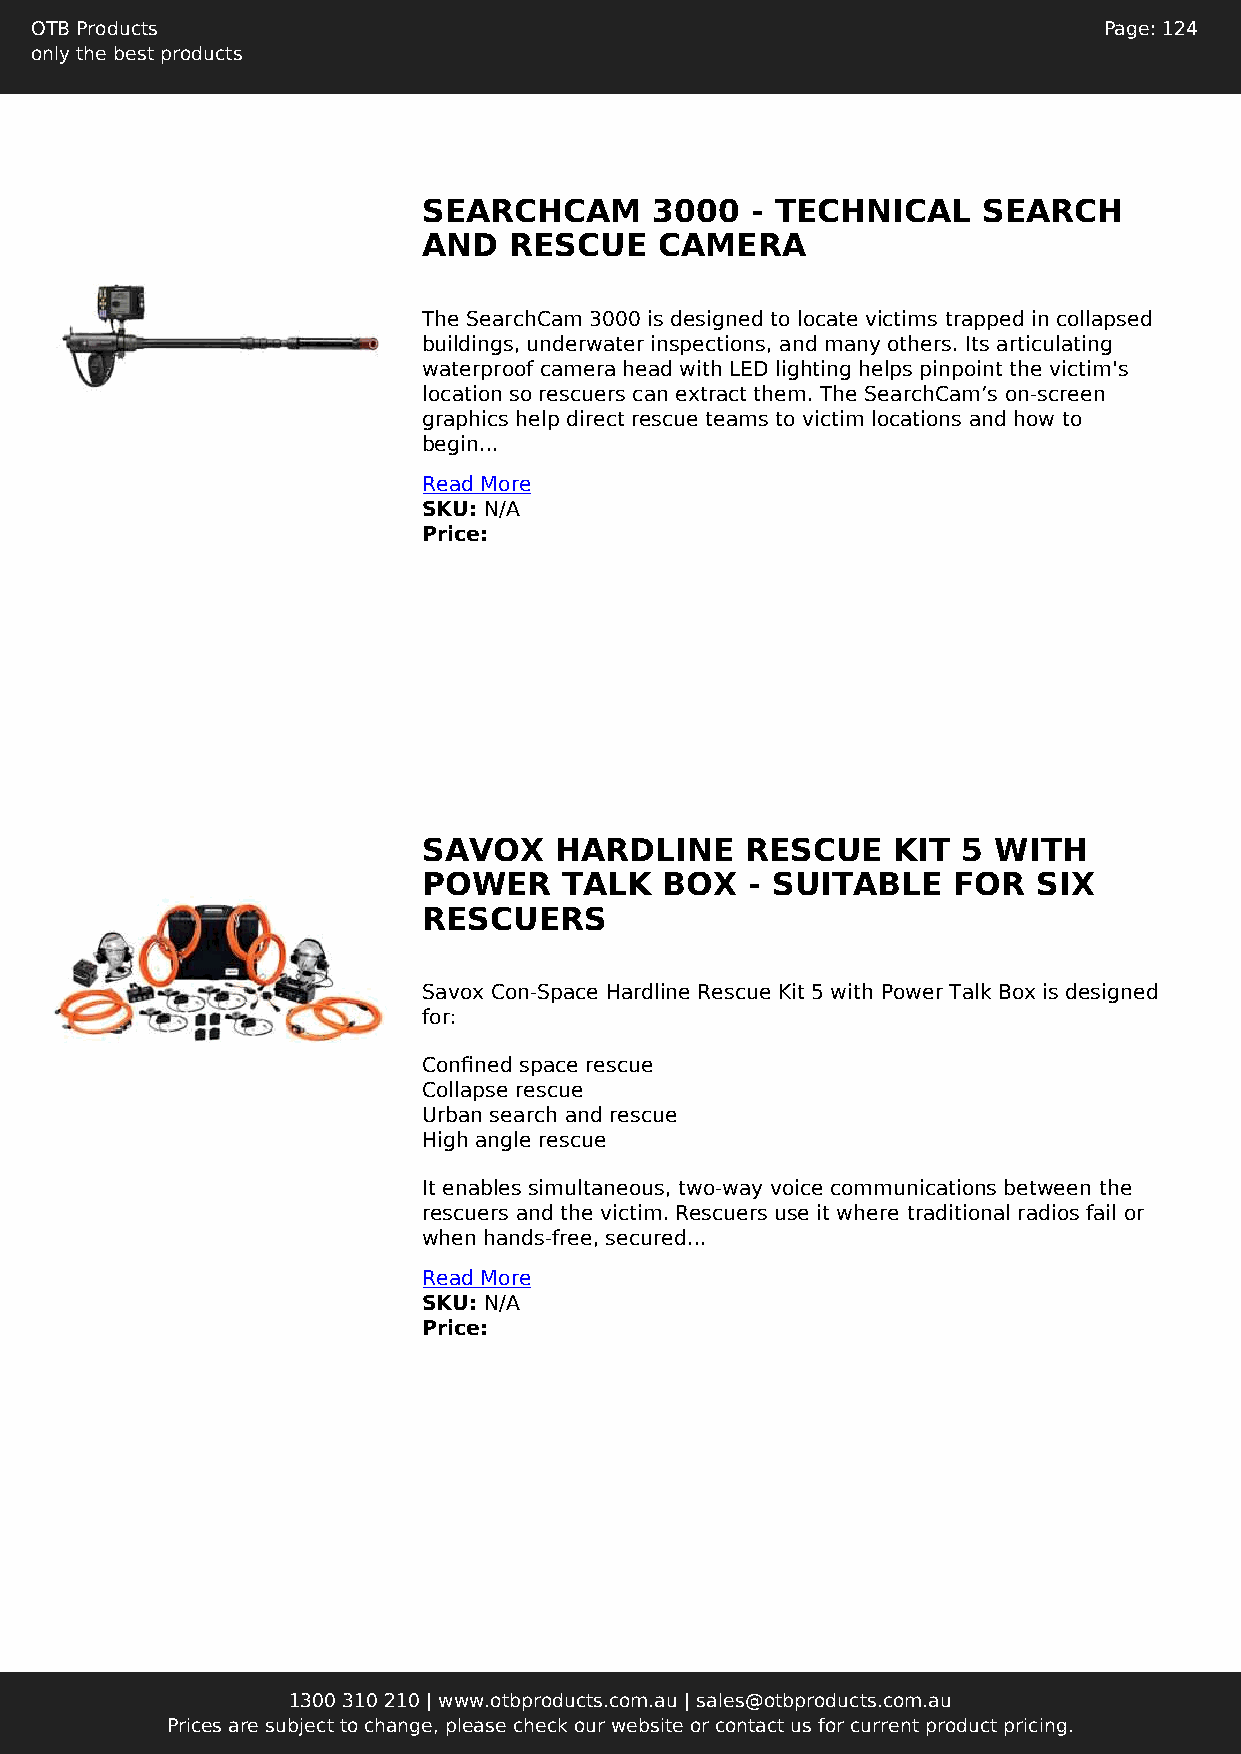
OTB Products                                                           Page: 124
 only the best products
 SEARCHCAM      3000   - TECHNICAL    SEARCH
 AND   RESCUE    CAMERA
 The SearchCam 3000 is designed to locate victims trapped in collapsed
 buildings, underwater inspections, and many others. Its articulating
 waterproof camera head with LED lighting helps pinpoint the victim's
 location so rescuers can extract them. The SearchCam’s on-screen
 graphics help direct rescue teams to victim locations and how to
 begin...
 Read More
 SKU: N/A
 Price:
 SAVOX    HARDLINE    RESCUE    KIT  5 WITH
 POWER    TALK   BOX   - SUITABLE   FOR   SIX
 RESCUERS
 Savox Con-Space Hardline Rescue Kit 5 with Power Talk Box is designed
 for:
 Confined space rescue
 Collapse rescue
 Urban search and rescue
 High angle rescue
 It enables simultaneous, two-way voice communications between the
 rescuers and the victim. Rescuers use it where traditional radios fail or
 when hands-free, secured...
 Read More
 SKU: N/A
 Price:
 1300 310 210 | www.otbproducts.com.au | sales@otbproducts.com.au
 Prices are subject to change, please check our website or contact us for current product pricing.